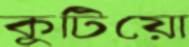
কুটিয়ো